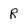
Character: R